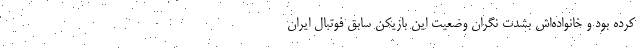
کرده بود و خانواده‌اش بشدت نگران وضعیت این بازیکن سابق فوتبال ایران